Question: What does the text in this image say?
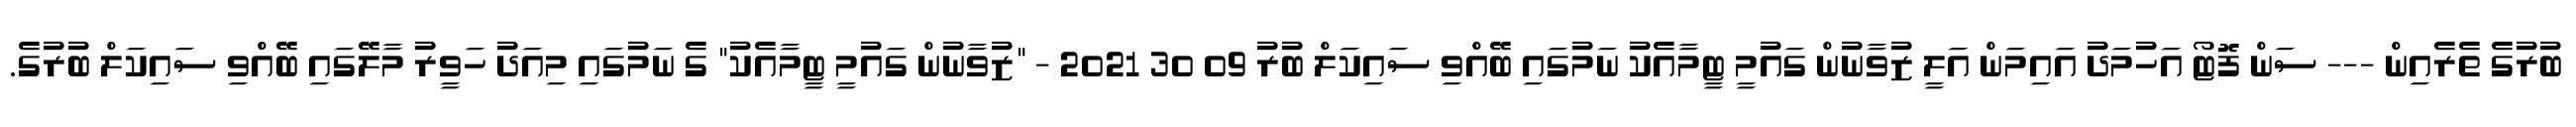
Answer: ބުރުގެ ތެރެއިން --- ސަން ފޮޓޯ އަހުމަދު އައިމަން އަލީ ޒުވާނުން ގައުމީ ޓީމާއެކު ނަމުގައި ބޭއްވި ސައިކަލް ބުރު 09 30 2021 - "ޒުވާނުން ގައުމީ ޓީމާއެކު" ގެ ނަމުގައި މިއަދު ހަވީރު މާލޭގައި ބޭއްވި ސައިކަލް ބުރުގެ.